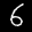
Label: 6